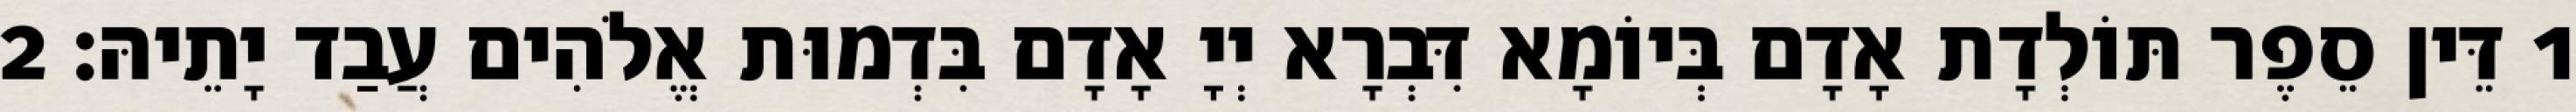
1 דֵּין סֵפֶר תּוֹלְדָת אָדָם בְּיוֹמָא דִּבְרָא יְיָ אָדָם בִּדְמוּת אֱלֹהִים עֲבַד יָתֵיהּ׃ 2